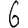
Digit: 6